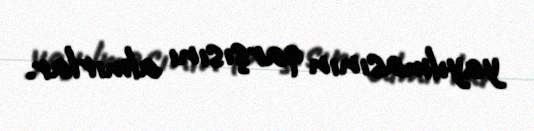
yayılmasının qarşısını almırlar.